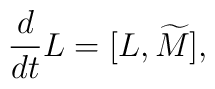
{d\over dt}{L}=[L,\widetilde{M}],